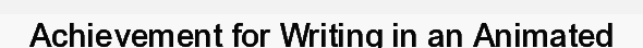
Achievement for Writing in an Animated